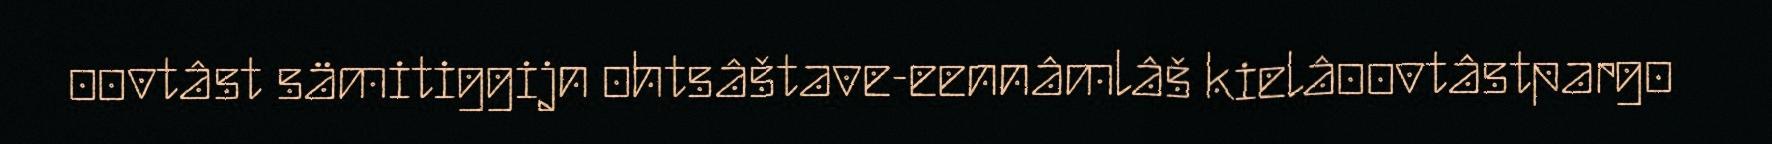
oovtâst sämitiggijn ohtsâštave-eennâmlâš kielâoovtâstpargo